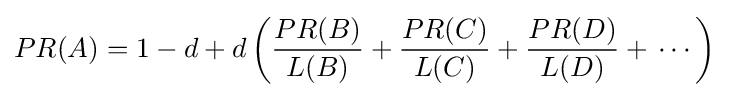
PR(A)=1-d+d\left({\frac {PR(B)}{L(B)}}+{\frac {PR(C)}{L(C)}}+{\frac {PR(D)}{L(D)}}+\,\cdots \right)